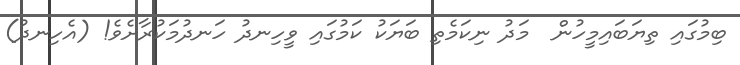
ބިމުގައި ތިޔަބައިމީހުން  މަދު ނިކަމެތި ބަޔަކު ކަމުގައި ވީހިނދު ހަނދުމަކުރާށެވެ! (އެހިނދު)